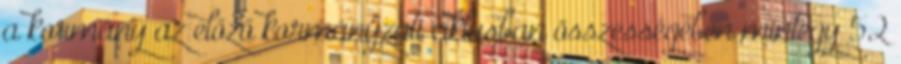
a kormány az előző kormányzati ciklusban összességében mintegy 52